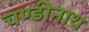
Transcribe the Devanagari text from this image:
चण्‍डीनाथ